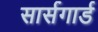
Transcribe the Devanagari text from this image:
सार्सगार्ड